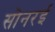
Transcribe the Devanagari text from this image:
सोनरई